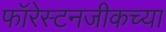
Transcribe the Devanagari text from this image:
फॉरेस्टनजीकच्या